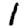
Digit: 1